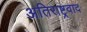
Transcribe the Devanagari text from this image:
अतिराष्ट्रवाद